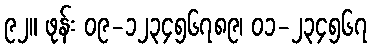
၉၂။ ဖုန်း ၀၉-၁၂၃၄၅၆၇၈၉၊ ၀၁-၂၃၄၅၆၇